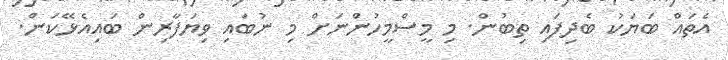
އެތައް ބަޔަކު ބެދިފައި ތިބުން. މި މީސްމީހުންނަށް މި ނުބައި ވިޔަފާރިން ބައިއެޅޭކަން.